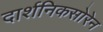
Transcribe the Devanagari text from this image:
दार्शनिकसोरेन